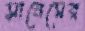
সানেমের